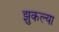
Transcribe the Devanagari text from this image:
झुकल्या